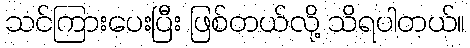
သင်ကြားပေးပြီး ဖြစ်တယ်လို့ သိရပါတယ်။